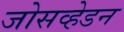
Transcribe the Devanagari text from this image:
जोसव्हेडन